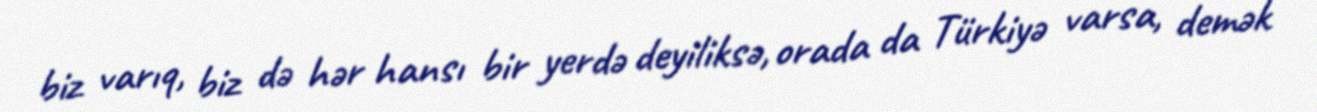
biz varıq, biz də hər hansı bir yerdə deyiliksə, orada da Türkiyə varsa, demək